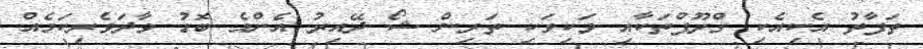
ތަފާތު އެކިއެކި ގްރޫޕްތަކާއި ވަކިވަކި ތަރިން ޝޯ ދޭއިރު އެންމެ ބޮޑު ވާދަވެރިކަމެއް